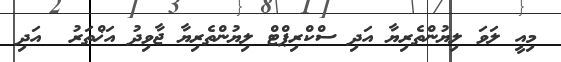
މިއީ ލަވަ ލިޔުންތެރިޔާ އަދި ސްކްރިޕްޓް ލިޔުންތެރިޔާ ޖާވިދު އަޚްތަރު  އަދި